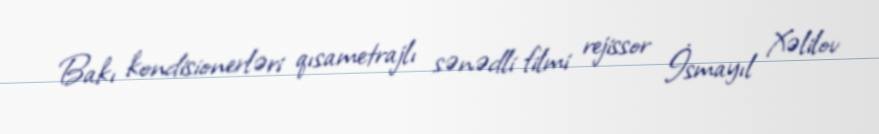
Bakı kondisionerləri qısametrajlı sənədli filmi rejissor İsmayıl Xəlilov